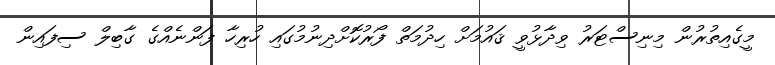
މީގެއިތުރުން މިނިސްޓަރު ވިދާޅުވީ ޤައުމަށް ހިދުމަތް ފޯރުކޮށްދިނުމުގައި ހުރިހާ ފަންނެއްގެ ގާބިލް ސިފައިން